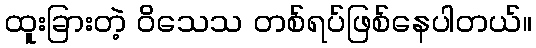
ထူးခြားတဲ့ ဝိသေသ တစ်ရပ်ဖြစ်နေပါတယ်။